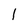
Character: l